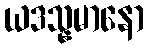
ယဒသ္နမာနော